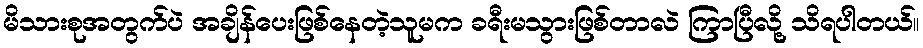
မိသားစုအတွက်ပဲ အချိန်ပေးဖြစ်နေတဲ့သူမက ခရီးမသွားဖြစ်တာလဲ ကြာပြီလို့ သိရပါတယ်။